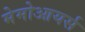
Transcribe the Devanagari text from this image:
मेमोआयर्स